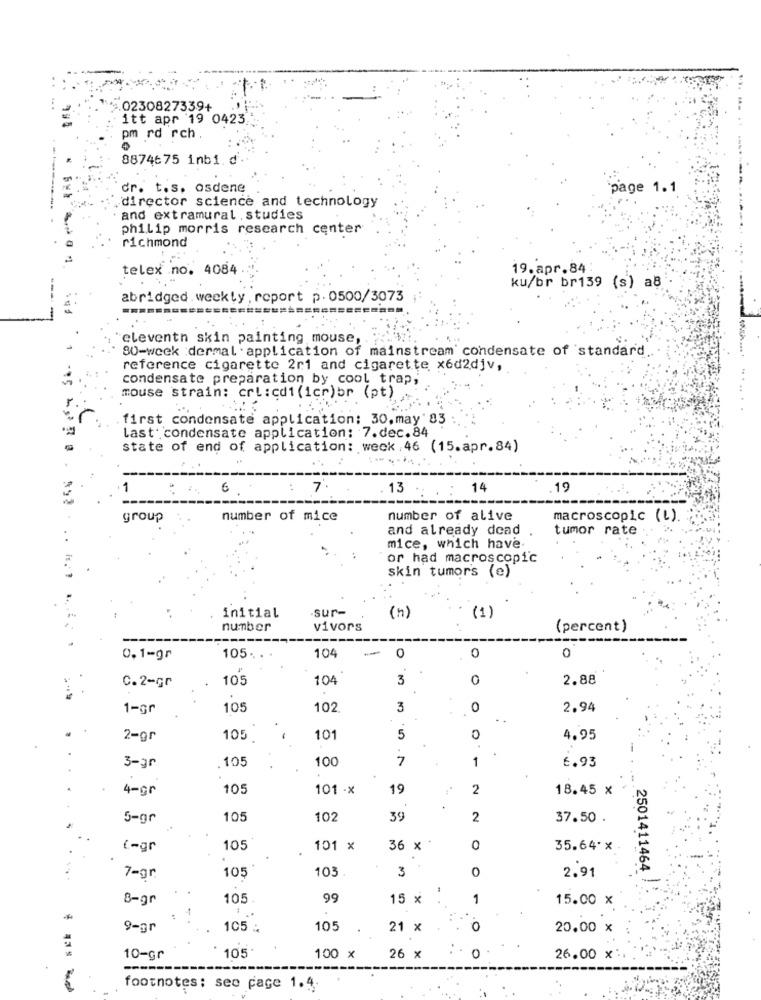
0230827339+
itt apr 19 0423
pm rd rch
8874675 1nb1. d.
dr. t.s. osdene
page 1.1
director science and technology
· and extramural . studies
philip morris research center
richmond
telex no. 4084
19.apr.84
ku/br br139 (s) a8
abridged weekly, report p. 0500/3073
eleventh skin painting mouse,
80-week :dermal'application of mainstream condensate of standard
reference cigarette 2r1 and cigarette x6d2djv,
condensate preparation by cool trap,
mouse strain: crl:cd1 (icr)br (pt)
. first condensate application: 30,may' 83
last: condensate application: 7.dec.84
state of end of application: weck , 46 (15.apr.84)
-
6
: 7
13
14
19
group
number of mice
number of alive
macroscopic (L).
and already dead
tumor rate .
mice, which have
or had macroscopic
skin tumors (e)
sur-
initial
(n)
(1)
number
vivors
(percent)
0
0.1-gr
105
104
0
0
C. 2-gr
105
104
3
2.88
1-gr
105
102
3
0
2.94
2-gr
105
10
5
0
4.95
105
100
7
1
6.93
3-gr
4-gr
105
101 -x
19
2
18.45 x
5-gr
105
102
39
2
37.50 .
(-gr
105
101 x
36 x
0
35.64' x
103
3
O
2501411464
7 -gr
105
2.91
8-gr
105
99
15 x
1
15.00 x
-
9-gr
105 :
105
21 x
0
20.00 x
10-gr
105
100 x
26 x
0
26.00 x
footnotes: see page 1.4.